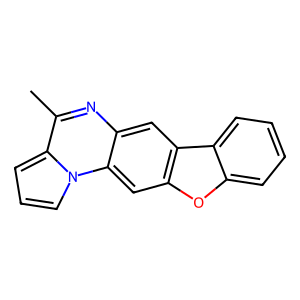
SMILES: Cc1nc2cc3c(cc2n2cccc12)oc1ccccc13
Inhibits HIV replication: No